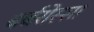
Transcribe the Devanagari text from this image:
बर्बरोस्सा